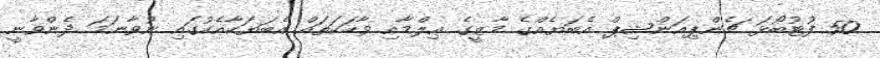
50 ފުޓުބޯޅަ ޗެންޕިއަންޝިޕް އެބަޔެއްގެ މާޒީގެ ޢިލްމާއި ވާހަކަތައް އެބަޔަކާއެކުގައި ނުވާނަމަ ދެންވާނީ